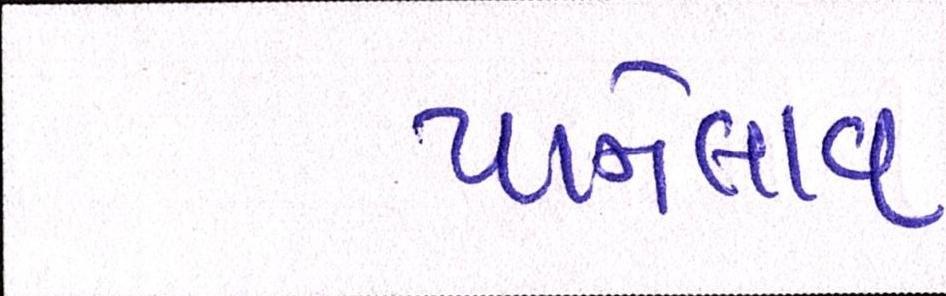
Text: પાનેલાવ